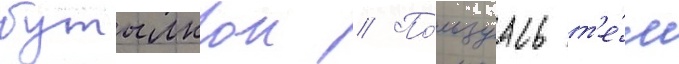
бутылкои // По́льзуась т'е́м